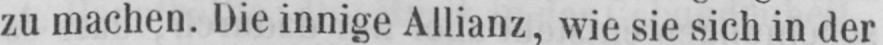
zu machen. Die innige Allianz, wie sie sich in der